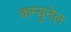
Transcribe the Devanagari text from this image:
कम्युनेल